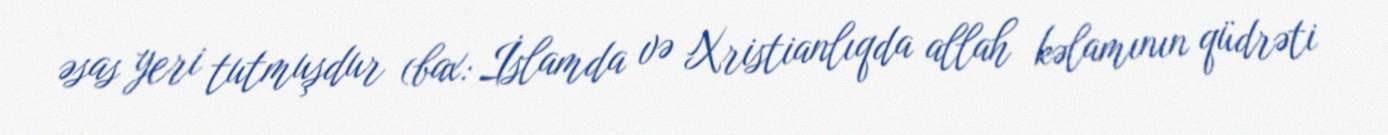
əsas yeri tutmuşdur (bax: İslamda və Xristianlıqda allah kəlamının qüdrəti